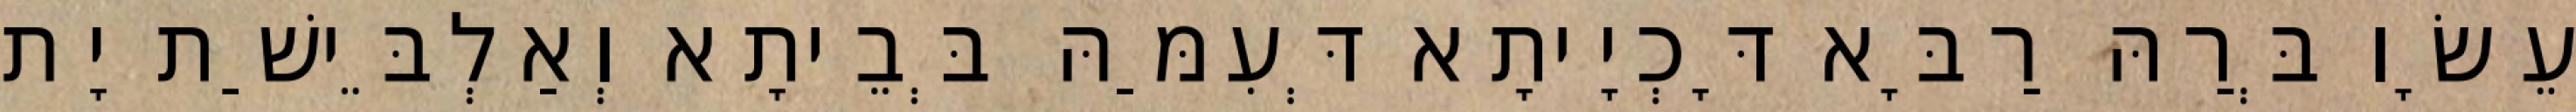
עֵשָׂו בְּרַהּ רַבָּא דָּכְיָיתָא דְּעִמַּהּ בְּבֵיתָא וְאַלְבֵּישַׁת יָת